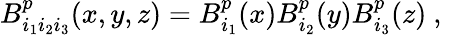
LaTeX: B_{i_{1}i_{2}i_{3}}^{p}(x,y,z)=B_{i_{1}}^{p}(x)B_{i_{2}}^{p}(y)B_{i_{3}}^{p}(z)\mathrm{~,~}